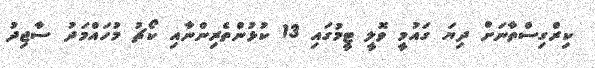
ކިރްގިސްތާނަށް ދިޔަ ގައުމީ ވޮލީ ޓީމުގައި 13 ކުޅުންތެރިންނާއި ކޯޗު މުހައްމަދު ސާޖިދު